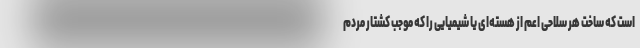
است که ساخت هر سلاحی اعم از هسته‌ای یا شیمیایی را که موجب کشتار مردم